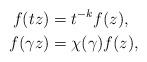
LaTeX: \begin{align*} f(tz)&=t^{-k}f(z),\\ f(\gamma z)&=\chi(\gamma)f(z),\end{align*}